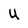
Character: U